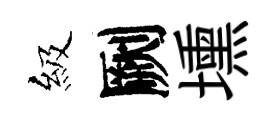
級劂壎